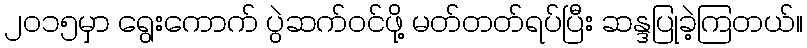
၂၀၁၅မှာ ရွေးကောက် ပွဲဆက်ဝင်ဖို့ မတ်တတ်ရပ်ပြီး ဆန္ဒပြုခဲ့ကြတယ်။